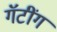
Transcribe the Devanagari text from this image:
गॅटींग